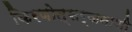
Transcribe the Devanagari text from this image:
किरणोत्सर्जनाशी